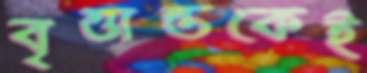
বৃত্তান্তকেই